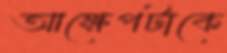
আক্ষেপটাকে